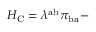
{ \cal H } _ { \mathrm { C } } = \lambda ^ { \mathrm { a b } } \pi _ { \mathrm { b a } } -